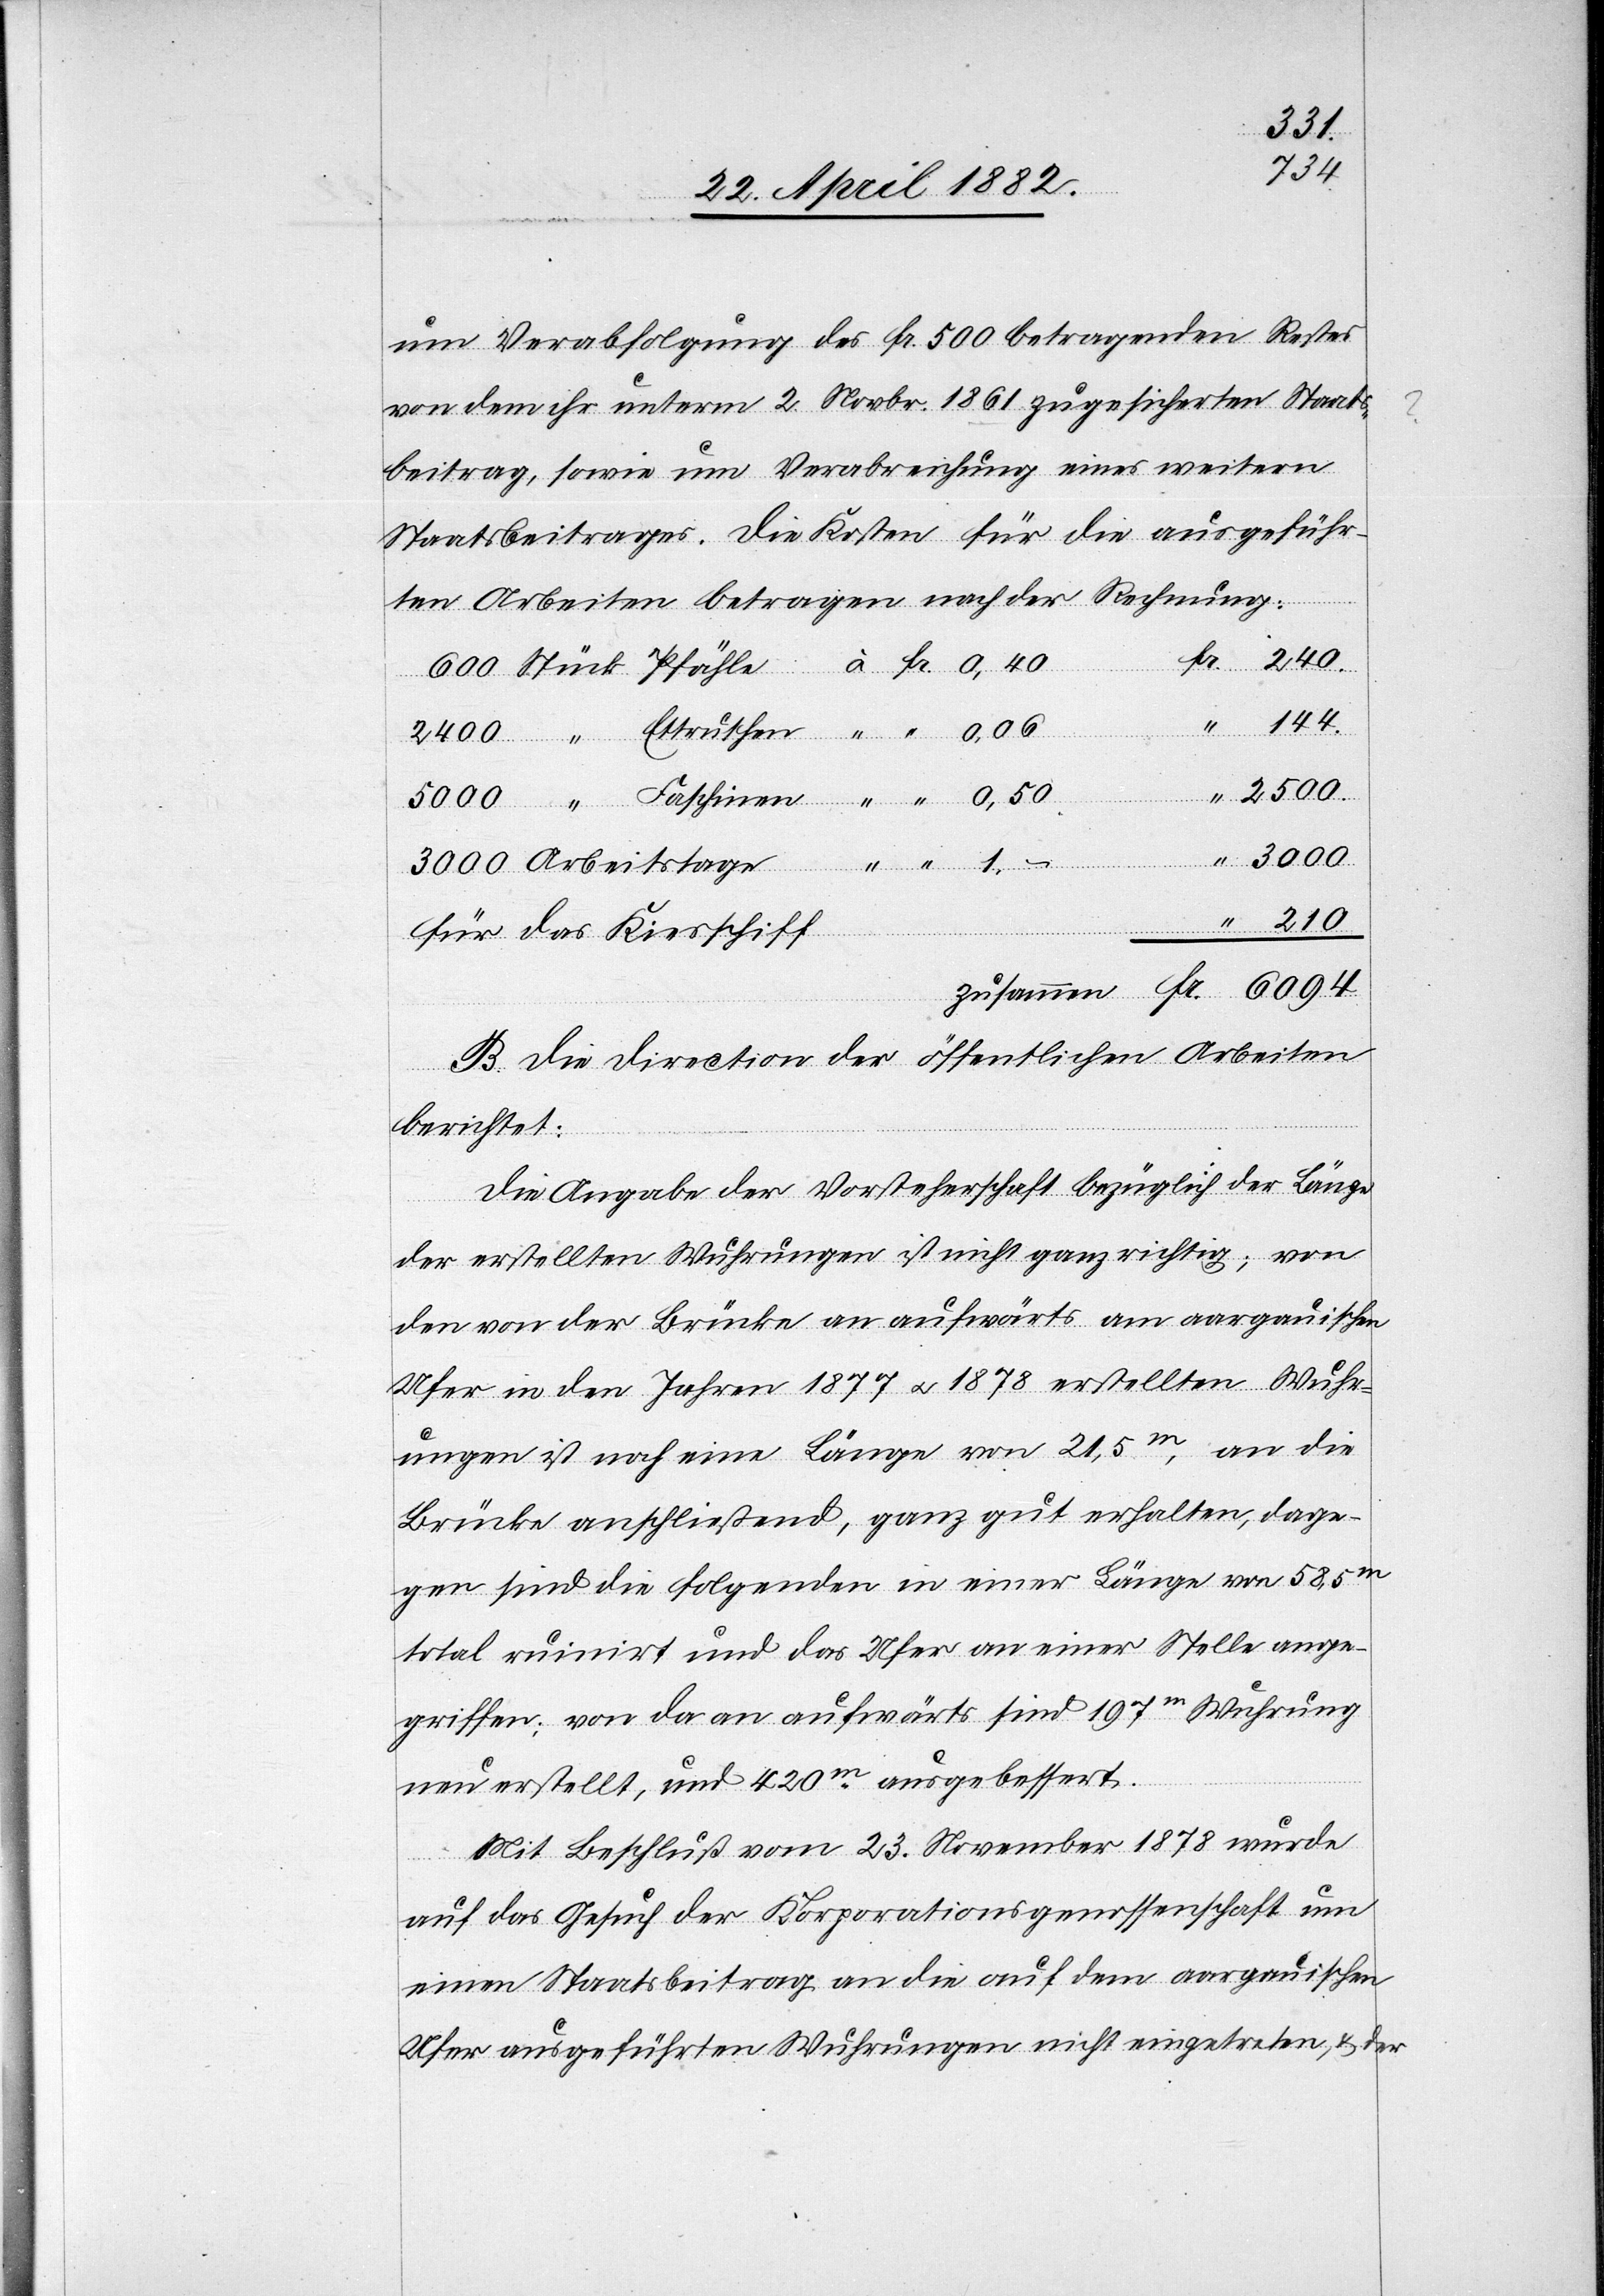
3000
2500
um Verabfolgung des Fr. 500 betragenden Restes
von dem ihr unterm 2. Novbr. 1861 zugesicherten St¬
aatsbeitrages. Die Kosten für die ausgeführ¬
ten Arbeiten betragen nach der Rechnung:
144
zusammen
Fr.
für das Kiesschiff
B. Die Direction der öffentlichen Arbeiten
berichtet:
Die Angabe der Vorsteherschaft bezüglich der Länge
der erstellten Wuhrungen ist nicht ganz richtig; von
den von der Brücke an aufwärts am aargauischen
Ufer in den Jahren 1877 u. 1878 erstellten Wuhr¬
ungen ist noch eine Länge von 21,5m, an die
Brücke anschließend, ganz gut erhalten, dage¬
gen sind die folgenden in einer Länge von 58,5m
total ruinirt und das Ufer an einer Stelle ange¬
griffen; von da an aufwärts sind 197m Wuhrung
neu erstellt, und 420m ausgebessert.
Mit Beschluß vom 23. November 1878 wurde
auf das Gesuch der Korporationsgenossenschaft um
einen Staatsbeitrag an die auf dem aargauischen
Ufer ausgeführten Wuhrungen nicht eingetreten, & der

“